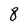
Character: 8